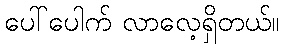
ပေါ်ပေါက် လာလေ့ရှိတယ်။